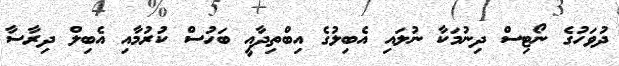
ދުވަހުގެ ނޯޓިސް ދިނުމަކާ ނުލައި އެބިލުގެ އިބްތިދާއީ ބަހުސް ކުރުމާއި އެބިލް ދިރާސާ